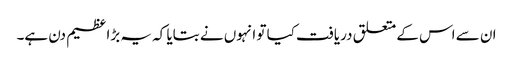
ان سے اس کے متعلق دریافت کیا تو انہوں نے بتایا کہ یہ بڑا عظیم دن ہے۔